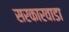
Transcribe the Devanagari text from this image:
सरकारवाडा